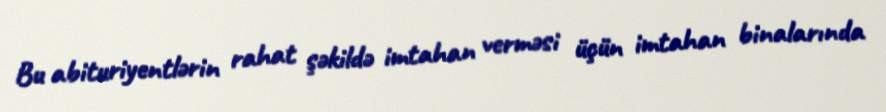
Bu abituriyentlərin rahat şəkildə imtahan verməsi üçün imtahan binalarında